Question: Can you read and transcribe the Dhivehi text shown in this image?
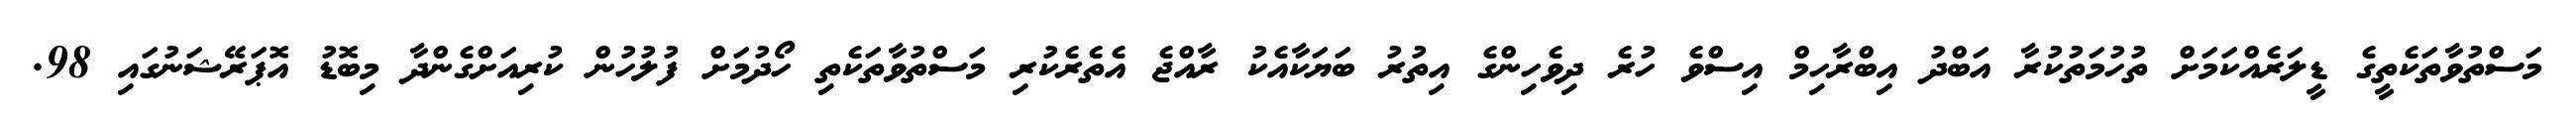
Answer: މަސްތުވާތަކެތީގެ ޑީލަރެއްކަމަށް ތުހުމަތުކުރާ އަބްދު އިބްރާހިމް އިސްވެ ހުރެ ދިވެހިންގެ އިތުރު ބަޔަކާއެކު ރާއްޖެ އެތެރެކުރި މަސްތުވާތަކެތި ހޯދުމަށް ފުލުހުން ކުރިއަށްގެންދާ މިބޮޑު އޮޕަރޭޝަނުގައި 98.